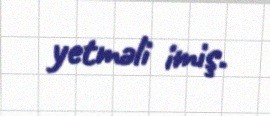
yetməli imiş.